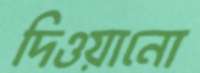
দিওয়ানো